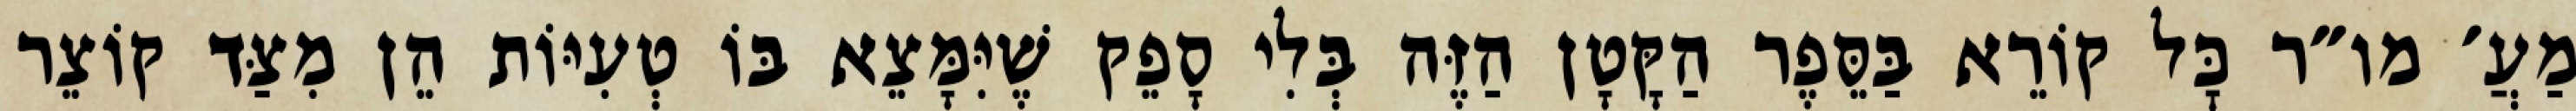
מַעֲ׳ מו״ר כׇּל קוֹרֵא בַּסֵּפֶר הַקָּטָן הַזֶּה בְּלִי סָפֵק שֶׁיִּמָּצֵא בּוֹ טְעִיּוֹת הֵן מִצַּד קוֹצֵר